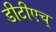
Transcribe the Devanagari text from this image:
डीटीएच्‌